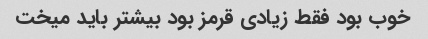
خوب بود فقط زیادی قرمز بود بیشتر باید میخت